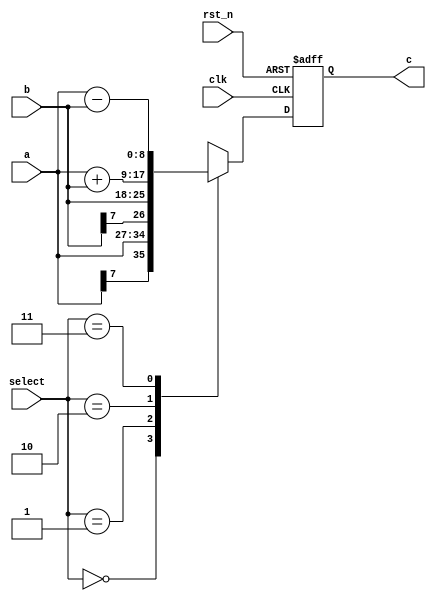
`timescale 1ns/1ns
module data_select(
	input clk,
	input rst_n,
	input signed[7:0]a,
	input signed[7:0]b,
	input [1:0]select,
	output reg signed [8:0]c
);

always @(posedge clk or negedge rst_n) begin
    if(!rst_n) begin
        c <= 0;
    end
    else case (select)
        0: c <= a;
        1: c <= b;
        2: c <= a + b;
        3: c <= a - b;
    endcase
end
endmodule